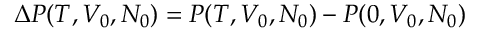
\Delta P ( T , V _ { 0 } , N _ { 0 } ) = P ( T , V _ { 0 } , N _ { 0 } ) - P ( 0 , V _ { 0 } , N _ { 0 } )